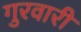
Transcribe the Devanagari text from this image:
गुरवारी